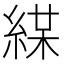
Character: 𦁜